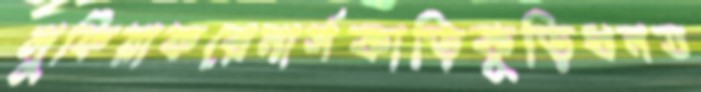
লুফিয়াফরেনার্সকাড়িকুড়িধনত